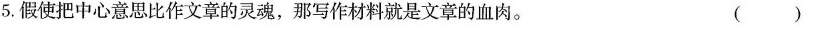
5.假使把中心意思比作文章的灵魂，那写作材料就是文章的血肉。 ()